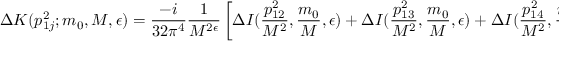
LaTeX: \Delta K ( p _ { 1 j } ^ { 2 } ; m _ { 0 } , M , \epsilon ) = \frac { - i } { 3 2 \pi ^ { 4 } } \frac { 1 } { M ^ { 2 \epsilon } } \left[ \Delta I ( \frac { p _ { 1 2 } ^ { 2 } } { M ^ { 2 } } , \frac { m _ { 0 } } { M } , \epsilon ) + \Delta I ( \frac { p _ { 1 3 } ^ { 2 } } { M ^ { 2 } } , \frac { m _ { 0 } } { M } , \epsilon ) + \Delta I ( \frac { p _ { 1 4 } ^ { 2 } } { M ^ { 2 } } , \frac { m _ { 0 } } { M } , \epsilon ) \right] .